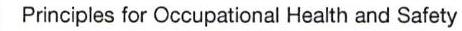
Principles for Occupational Health and Safety